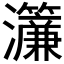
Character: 𤅃